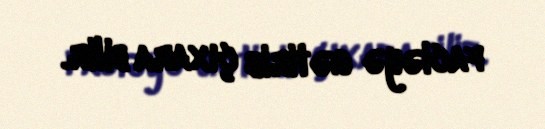
faciəyə gətirib çıxara bilir.